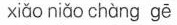
xiǎo niǎc chàng gē